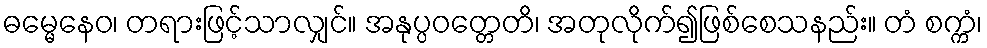
ဓမ္မေနေဝ၊ တရားဖြင့်သာလျှင်။ အနုပ္ပဝတ္တေတိ၊ အတုလိုက်၍ဖြစ်စေသနည်း။ တံ စက္ကံ၊